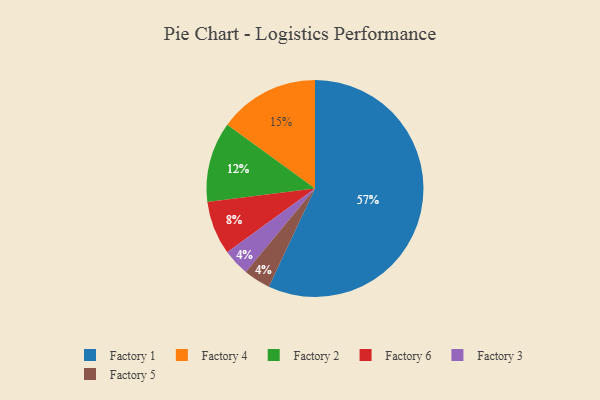
{"axis": {"x": "Category", "y": "Percentage"}, "legend": ["Factory 1", "Factory 2", "Factory 3", "Factory 4", "Factory 5", "Factory 6"], "data": [{"x": "Factory 1", "y": 57, "type": "Factory 1"}, {"x": "Factory 3", "y": 4, "type": "Factory 3"}, {"x": "Factory 6", "y": 8, "type": "Factory 6"}, {"x": "Factory 5", "y": 4, "type": "Factory 5"}, {"x": "Factory 2", "y": 12, "type": "Factory 2"}, {"x": "Factory 4", "y": 15, "type": "Factory 4"}]}